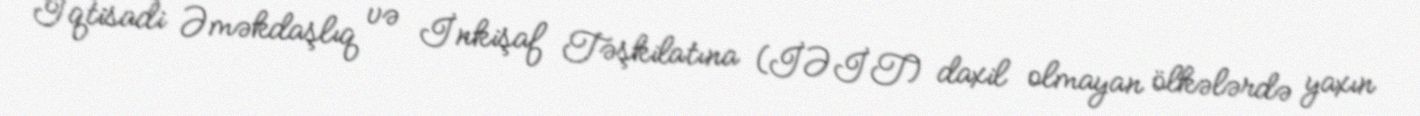
İqtisadi Əməkdaşlıq və İnkişaf Təşkilatına (İƏİT) daxil olmayan ölkələrdə yaxın